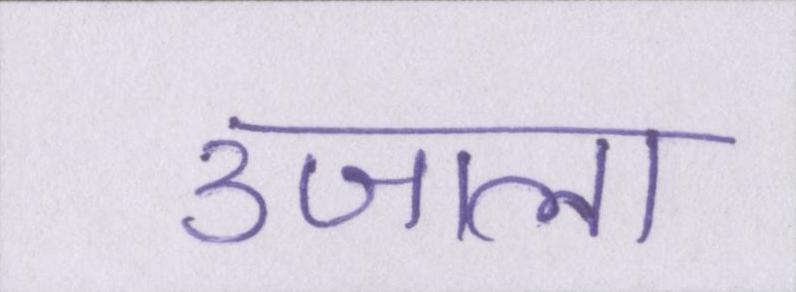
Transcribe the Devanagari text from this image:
उजाला